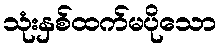
သုံးနှစ်ထက်မပိုသော